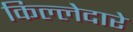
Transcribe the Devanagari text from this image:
किल्लेदारे